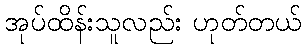
အုပ်ထိန်းသူလည်း ဟုတ်တယ်